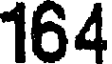
164